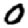
Digit: 0